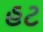
હટ